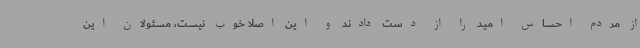
از مردم احساس امید را از دست دادند و این اصلا خوب نیست، مسئولان این